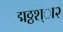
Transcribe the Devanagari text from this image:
द्मठ्ठश्ा२